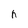
Character: h